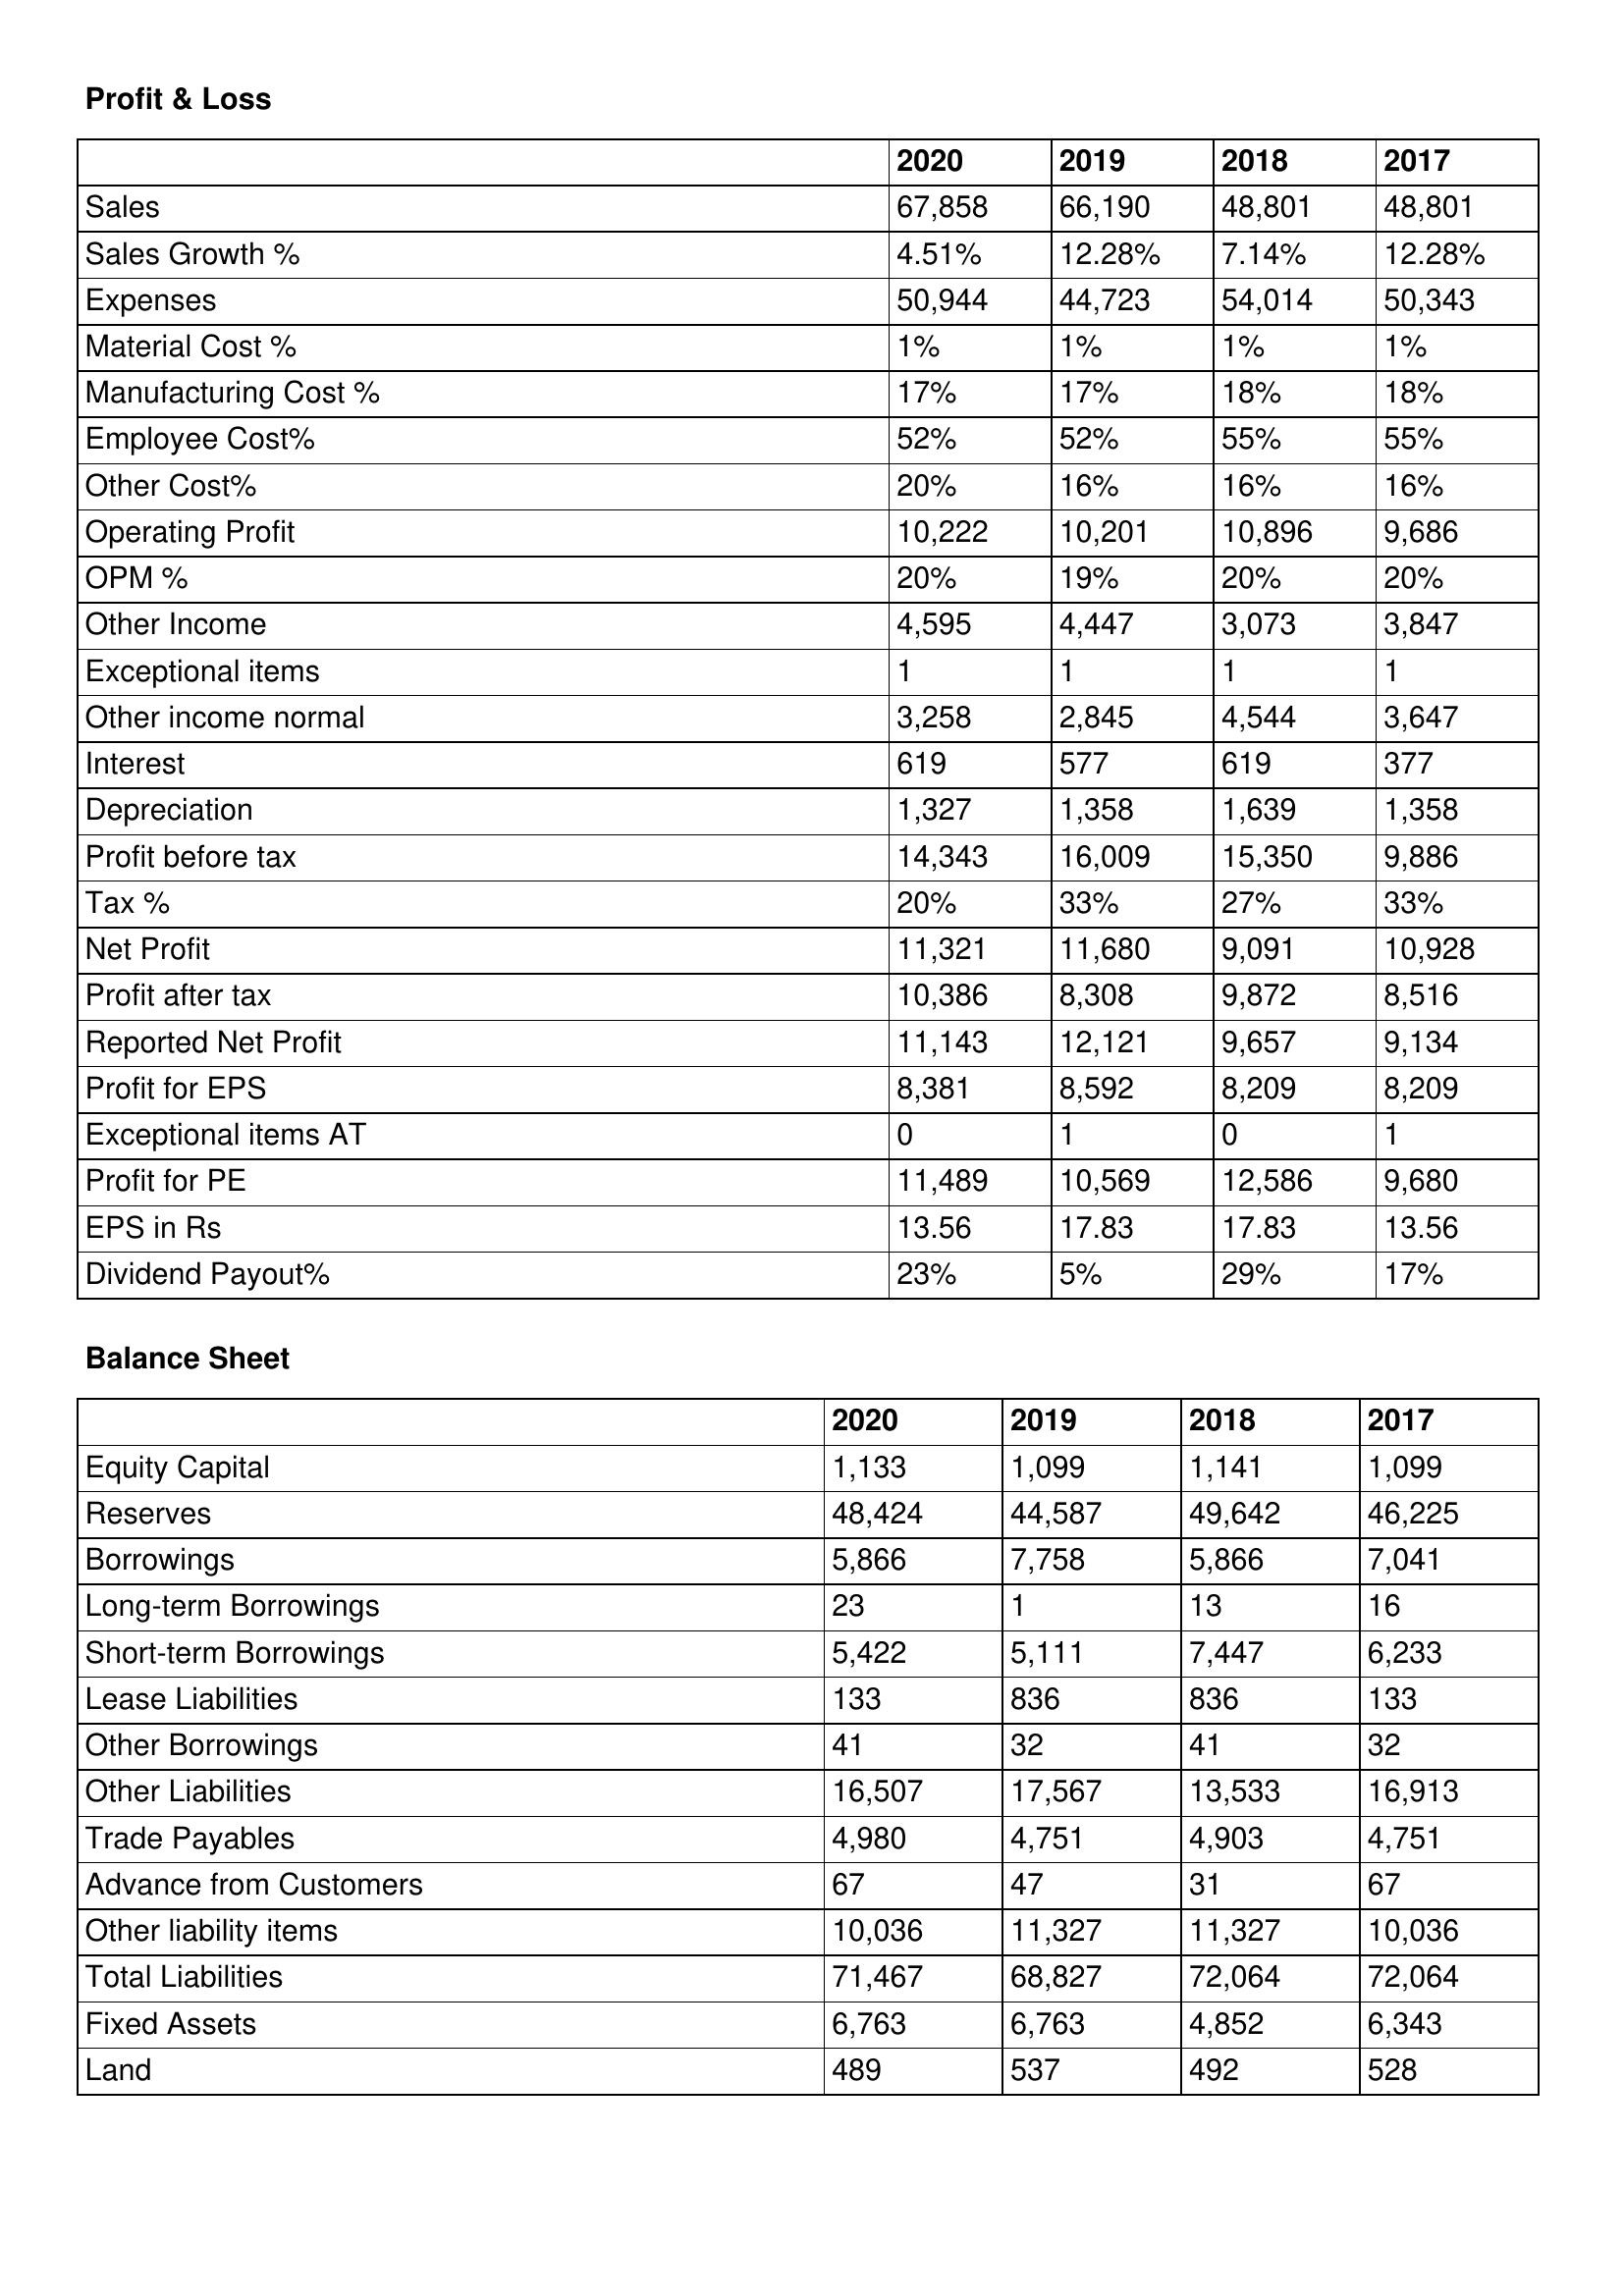
gt_parse: 2020: Profit & Loss: Sales: 67,858
Sales Growth %: 4.51%
Expenses: 50,944
Material Cost %: 1%
Manufacturing Cost %: 17%
Employee Cost%: 52%
Other Cost%: 20%
Operating Profit: 10,222
OPM %: 20%
Other Income: 4,595
Exceptional items: 1
Other income normal: 3,258
Interest: 619
Depreciation: 1,327
Profit before tax: 14,343
Tax %: 20%
Net Profit: 11,321
Profit after tax: 10,386
Reported Net Profit: 11,143
Profit for EPS: 8,381
Exceptional items AT: 0
Profit for PE: 11,489
EPS in Rs: 13.56
Dividend Payout%: 23%
Balance Sheet: Equity Capital: 1,133
Reserves: 48,424
Borrowings: 5,866
Long-term Borrowings: 23
Short-term Borrowings: 5,422
Lease Liabilities: 133
Other Borrowings: 41
Other Liabilities: 16,507
Trade Payables: 4,980
Advance from Customers: 67
Other liability items: 10,036
Total Liabilities: 71,467
Fixed Assets: 6,763
Land: 489
2019: Profit & Loss: Sales: 66,190
Sales Growth %: 12.28%
Expenses: 44,723
Material Cost %: 1%
Manufacturing Cost %: 17%
Employee Cost%: 52%
Other Cost%: 16%
Operating Profit: 10,201
OPM %: 19%
Other Income: 4,447
Exceptional items: 1
Other income normal: 2,845
Interest: 577
Depreciation: 1,358
Profit before tax: 16,009
Tax %: 33%
Net Profit: 11,680
Profit after tax: 8,308
Reported Net Profit: 12,121
Profit for EPS: 8,592
Exceptional items AT: 1
Profit for PE: 10,569
EPS in Rs: 17.83
Dividend Payout%: 5%
Balance Sheet: Equity Capital: 1,099
Reserves: 44,587
Borrowings: 7,758
Long-term Borrowings: 1
Short-term Borrowings: 5,111
Lease Liabilities: 836
Other Borrowings: 32
Other Liabilities: 17,567
Trade Payables: 4,751
Advance from Customers: 47
Other liability items: 11,327
Total Liabilities: 68,827
Fixed Assets: 6,763
Land: 537
2018: Profit & Loss: Sales: 48,801
Sales Growth %: 7.14%
Expenses: 54,014
Material Cost %: 1%
Manufacturing Cost %: 18%
Employee Cost%: 55%
Other Cost%: 16%
Operating Profit: 10,896
OPM %: 20%
Other Income: 3,073
Exceptional items: 1
Other income normal: 4,544
Interest: 619
Depreciation: 1,639
Profit before tax: 15,350
Tax %: 27%
Net Profit: 9,091
Profit after tax: 9,872
Reported Net Profit: 9,657
Profit for EPS: 8,209
Exceptional items AT: 0
Profit for PE: 12,586
EPS in Rs: 17.83
Dividend Payout%: 29%
Balance Sheet: Equity Capital: 1,141
Reserves: 49,642
Borrowings: 5,866
Long-term Borrowings: 13
Short-term Borrowings: 7,447
Lease Liabilities: 836
Other Borrowings: 41
Other Liabilities: 13,533
Trade Payables: 4,903
Advance from Customers: 31
Other liability items: 11,327
Total Liabilities: 72,064
Fixed Assets: 4,852
Land: 492
2017: Profit & Loss: Sales: 48,801
Sales Growth %: 12.28%
Expenses: 50,343
Material Cost %: 1%
Manufacturing Cost %: 18%
Employee Cost%: 55%
Other Cost%: 16%
Operating Profit: 9,686
OPM %: 20%
Other Income: 3,847
Exceptional items: 1
Other income normal: 3,647
Interest: 377
Depreciation: 1,358
Profit before tax: 9,886
Tax %: 33%
Net Profit: 10,928
Profit after tax: 8,516
Reported Net Profit: 9,134
Profit for EPS: 8,209
Exceptional items AT: 1
Profit for PE: 9,680
EPS in Rs: 13.56
Dividend Payout%: 17%
Balance Sheet: Equity Capital: 1,099
Reserves: 46,225
Borrowings: 7,041
Long-term Borrowings: 16
Short-term Borrowings: 6,233
Lease Liabilities: 133
Other Borrowings: 32
Other Liabilities: 16,913
Trade Payables: 4,751
Advance from Customers: 67
Other liability items: 10,036
Total Liabilities: 72,064
Fixed Assets: 6,343
Land: 528